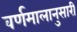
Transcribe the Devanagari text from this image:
वर्णमालानुसारी